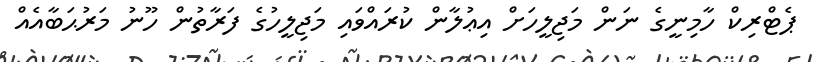
ޕެޓްރިކް ހާމިނީގެ ނަން މަޖިލީހަށް އިޢުލާން ކުރައްވައި މަޖިލީހުގެ ފަރާތުން ހޫނު މަރުޙަބާއެއް